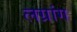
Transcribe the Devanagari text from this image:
लग्रांग